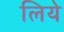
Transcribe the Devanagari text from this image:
लियेे